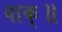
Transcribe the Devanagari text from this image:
वाक्॥